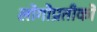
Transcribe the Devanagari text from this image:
लोगोप्रतीकों